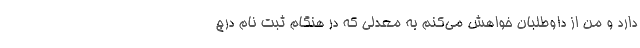
دارد و من از داوطلبان خواهش می‌کنم به معدلی که در هنگام ثبت نام درج